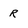
Character: R